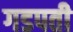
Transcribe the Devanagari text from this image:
गडपती